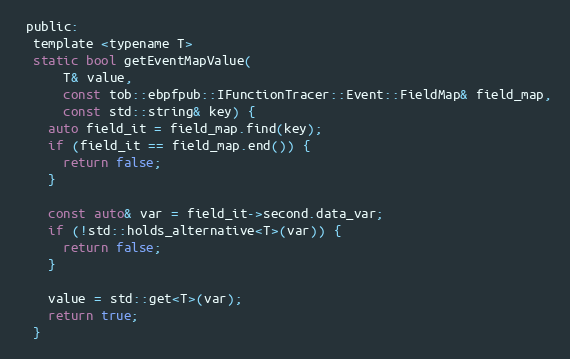
Language: C
 public:
  template <typename T>
  static bool getEventMapValue(
      T& value,
      const tob::ebpfpub::IFunctionTracer::Event::FieldMap& field_map,
      const std::string& key) {
    auto field_it = field_map.find(key);
    if (field_it == field_map.end()) {
      return false;
    }

    const auto& var = field_it->second.data_var;
    if (!std::holds_alternative<T>(var)) {
      return false;
    }

    value = std::get<T>(var);
    return true;
  }